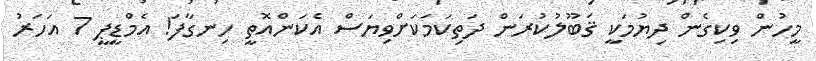
މީހުން ވިކިގެން ދިޔުމަކީ ޤަބޫލުކުރަން ދަތިކަމަކަށްވިޔަސް އެކަންއޮތީ ހިނގާފަ! އެމްޑީޕީ 7 އަހަރު